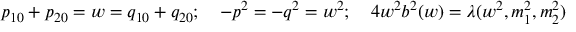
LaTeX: p _ { 1 0 } + p _ { 2 0 } = w = q _ { 1 0 } + q _ { 2 0 } ; \quad - p ^ { 2 } = - q ^ { 2 } = w ^ { 2 } ; \quad 4 w ^ { 2 } b ^ { 2 } ( w ) = \lambda ( w ^ { 2 } , m _ { 1 } ^ { 2 } , m _ { 2 } ^ { 2 } )